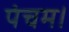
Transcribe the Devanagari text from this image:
पंचम।